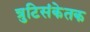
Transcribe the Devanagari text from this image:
त्रुटिसंकेतक